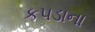
કપડાના